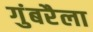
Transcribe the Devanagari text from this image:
गुंबरैला